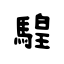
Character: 騜